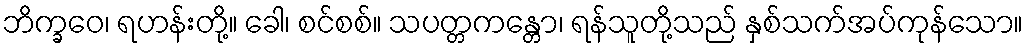
ဘိက္ခဝေ၊ ရဟန်းတို့။ ခေါ၊ စင်စစ်။ သပတ္တကန္တော၊ ရန်သူတို့သည် နှစ်သက်အပ်ကုန်သော။